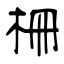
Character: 柵